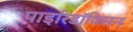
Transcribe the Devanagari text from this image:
पाइरिडॉक्सिन